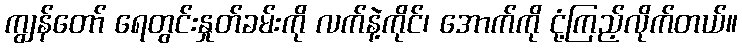
ကျွန်တော် ရေတွင်းနှုတ်ခမ်းကို လက်နဲ့ကိုင်၊ အောက်ကို ငုံ့ကြည့်လိုက်တယ်။